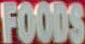
FOODS